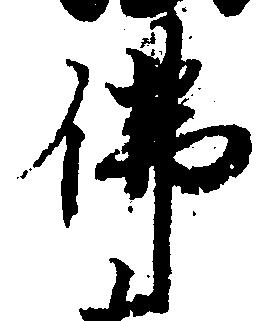
仏